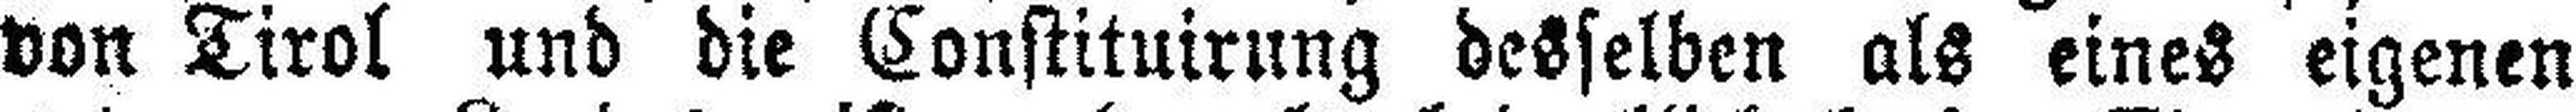
von Tirol und die Constituirung desselben als eines eigenen